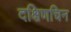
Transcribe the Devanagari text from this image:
दक्षिणचिन